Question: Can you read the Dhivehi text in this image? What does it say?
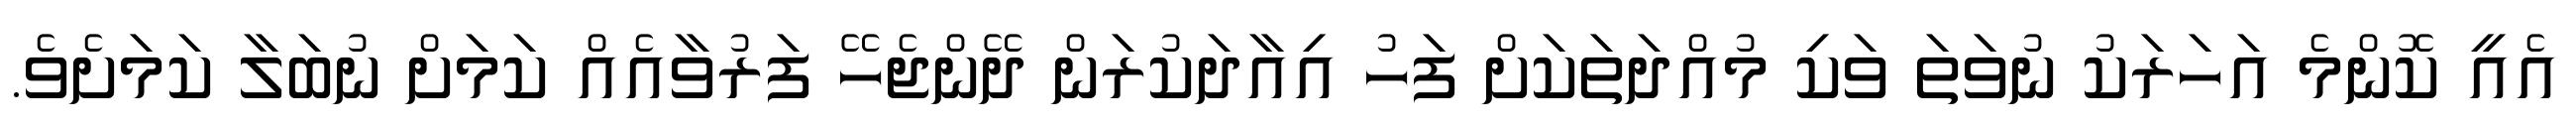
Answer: އެއީ ކޮންމެ އަހަރަކު ނުވަތަ ވަކި މުއްދަތަކަށް ފަހު އިއާދަކުރަން ދޭންޖެހޭ ފަރުވާއެއް ކަމަށް ނުބަލާ ކަމަށެވެ.